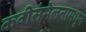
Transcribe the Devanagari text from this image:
कवीसंमेलनामधून